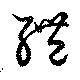
醴